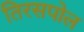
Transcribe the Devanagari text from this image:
तिरसपोल